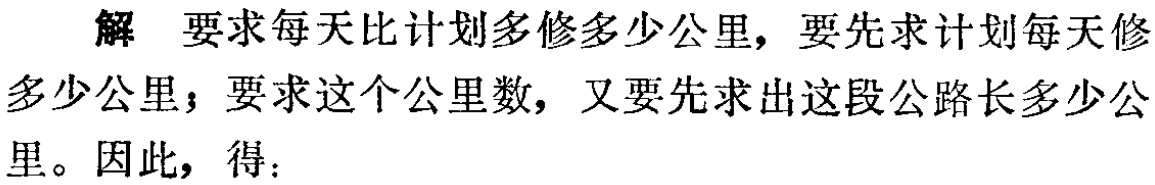
解 要求每天比计划多修多少公里，要先求计划每天修多少公里；要求这个公里数，又要先求出这段公路长多少公里。因此，得：